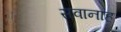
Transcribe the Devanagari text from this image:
सवानाह